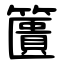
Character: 籄